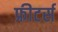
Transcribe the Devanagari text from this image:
फ्रीटर्स